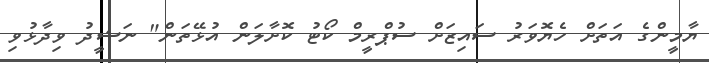
ޔާމީންގެ އަތަށް ހެޔޮވަރު ސައިޒަށް ސުޕްރީމް ކޯޓު ކޮށާލަން އުޅޭތަން" ނަޝީދު ވިދާޅުވި